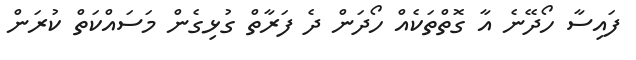
ފައިސާ ހޯދޭނެ އާ ގޮތްތަކެއް ހޯދަން ދެ ފަރާތް ގުޅިގެން މަސައްކަތް ކުރަން